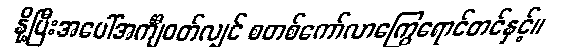
နို့ပြီးအပေါ်အင်္ကျီဝတ်လျှင် စတစ်ကော်လာကြွေရောင်တင်နှင့်။